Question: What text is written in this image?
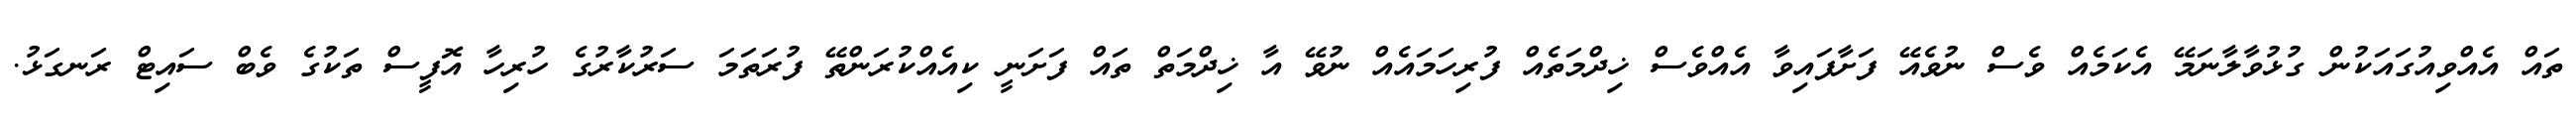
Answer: ތައް އެއްވިއުގައަކުން ގުޅުވާލާނަމޭ އެކަމެއް ވެސް ނުވެއޭ ފަށާފައިވާ އެއްވެސް ޚިދްމަތެއް ފުރިހަމައެއް ނުވޭ އާ ޚިދްމަތް ތައް ފަށަނީ ކިއެއްކުރަންތޭ ފުރަތަމަ ސަރުކާރުގެ ހުރިހާ އޮފީސް ތަކުގެ ވެބް ސައިޓް ރަނގަޅު.